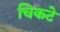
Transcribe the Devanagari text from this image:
चिकटे